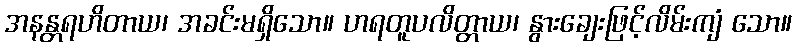
အနန္တရဟိတာယ၊ အခင်းမရှိသော။ ဟရတူပလိတ္တာယ၊ နွားချေးဖြင့်လိမ်းကျံ သော။